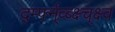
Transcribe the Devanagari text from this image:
र्द्म्फ्न्व्ब्क्ष्च्क्ष्व